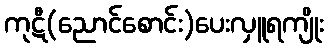
ကုဋီ(ညောင်စောင်း)ပေးလှူရကျိုး